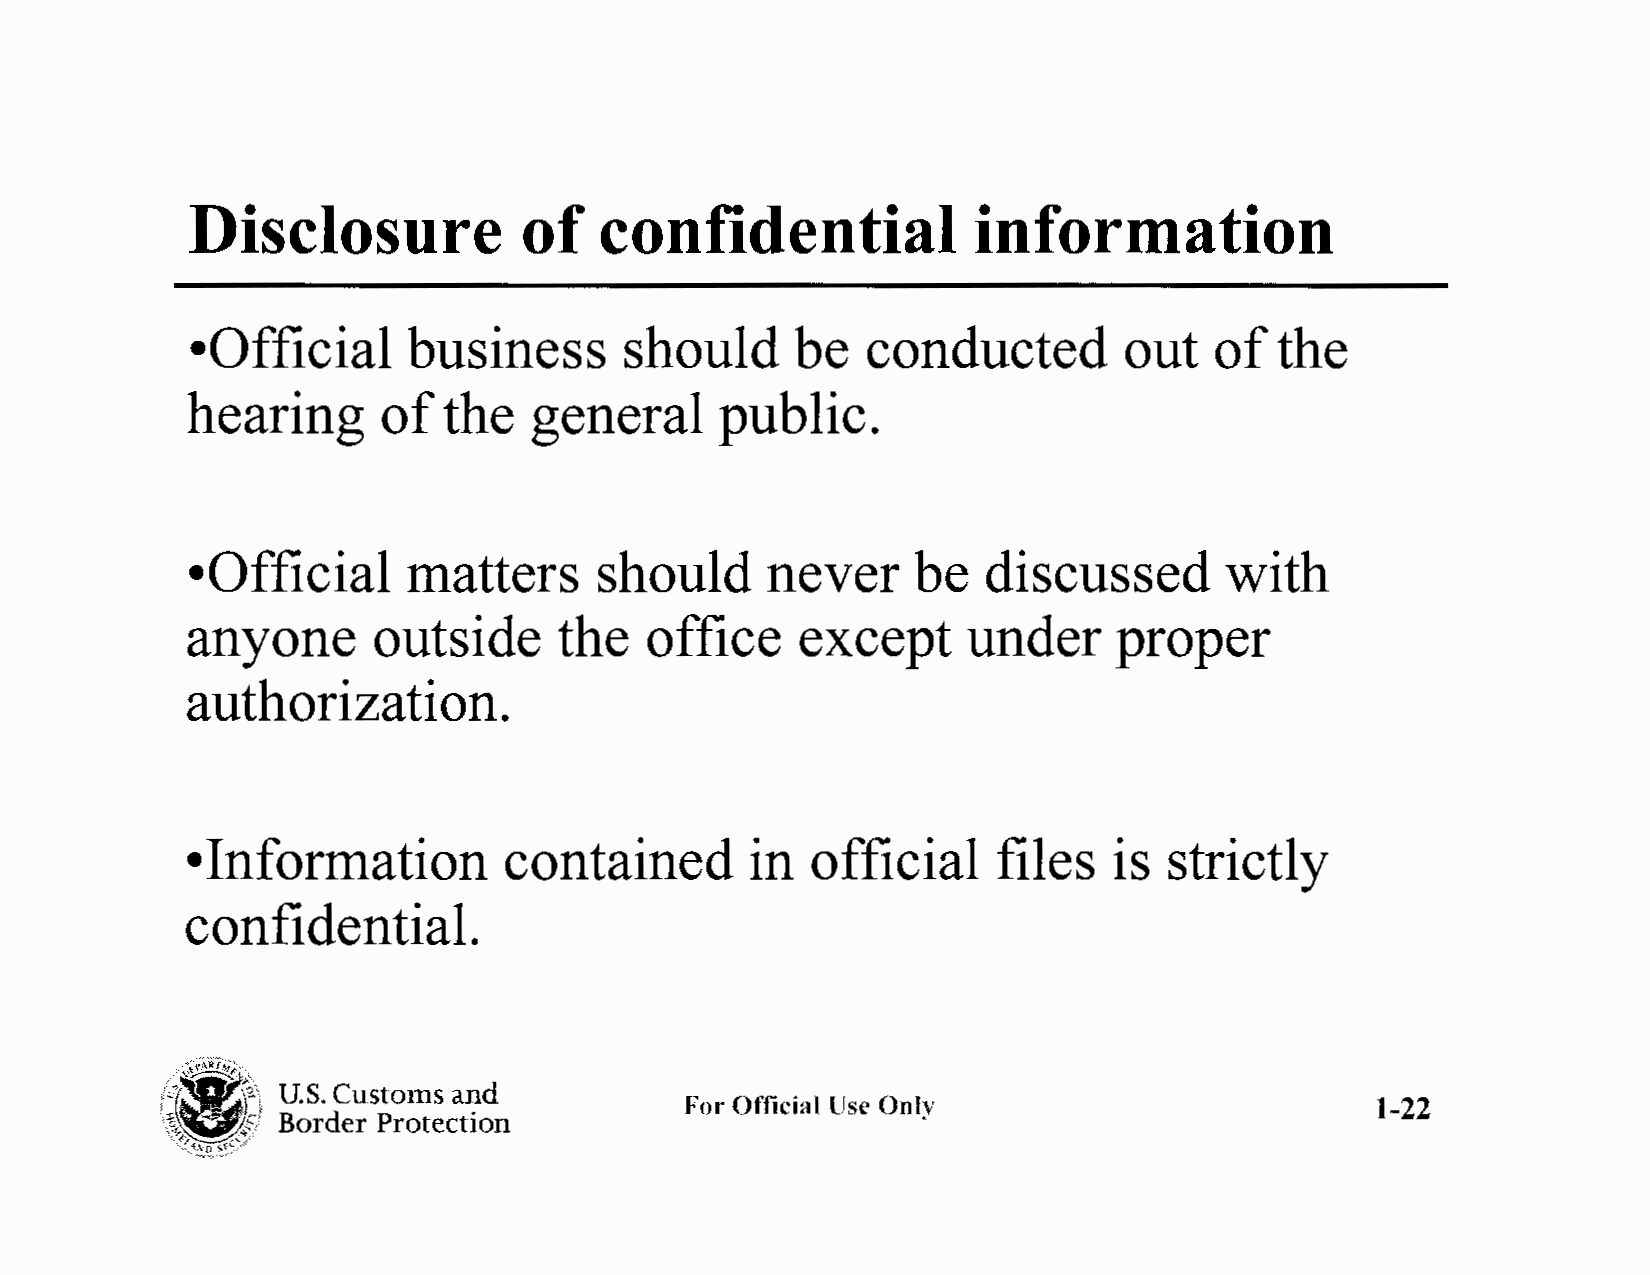
Disclosure            of   confidential             information
 •Official     business      should      be  conducted        out   of   the
 hearing      of  the   general      public.
 •Official      matters      should     never     be  discussed       with
 anyone       outside     the   office    except     under     proper
 authorization.
 •Information         contained        in  official    files   is strictly
 confidential.
 N,,'~~Zi~:f
 U.S. Custo1ns and
 For Official lJse Only                        1-22
 \~c,I  Border Protection
 e ·0-~'"A""'D'-' ~ -{ ~:~
 ,
 ,, ,'